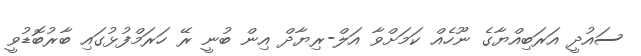
ސައުދީ އަރަބިއްޔާގެ ނޫހެއް ކަމަށްވާ އަލް-ރިޔާދް އިން ބުނީ ރޭ ހަރަމްފުޅުގައި ބާރުބޮޑުވީ